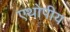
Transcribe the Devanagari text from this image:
एथोपीय